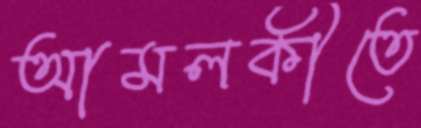
আমলকীতে